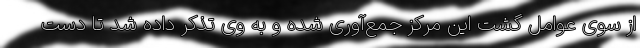
از سوی عوامل گشت این مرکز جمع‌آوری شده و به وی تذکر داده شد تا دست